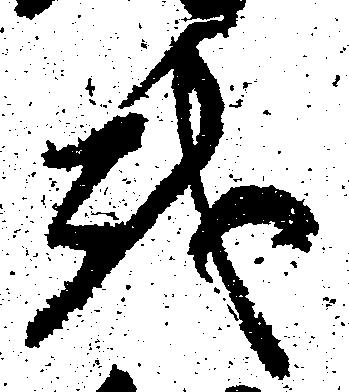
越